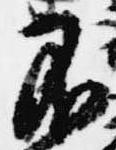
不